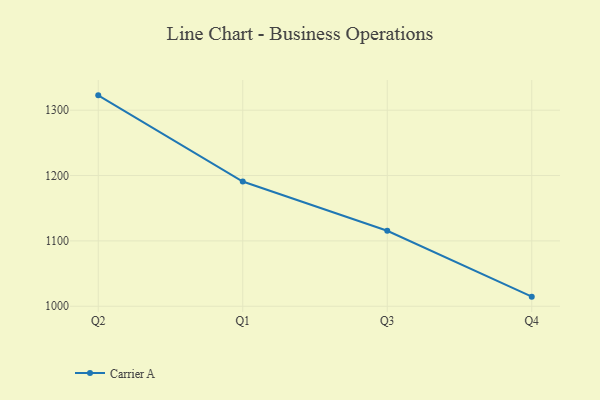
{"axis": {"x": "Quarter", "y": "Demand Index"}, "legend": ["Carrier A"], "data": [{"x": "Q2", "y": 1322.7, "type": "Carrier A"}, {"x": "Q1", "y": 1190.9, "type": "Carrier A"}, {"x": "Q3", "y": 1115.5, "type": "Carrier A"}, {"x": "Q4", "y": 1014.7, "type": "Carrier A"}]}